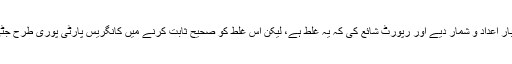
ہم نے کئی بار اعداد و شمار دیے اور رپورٹ شائع کی کہ یہ غلط ہے، لیکن اس غلط کو صحیح ثابت کرنے میں کانگریس پارٹی پوری طرح جٹی ہوئی ہے۔